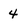
Character: 4